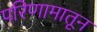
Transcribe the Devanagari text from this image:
परिणामातून